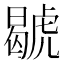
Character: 𧇷